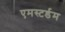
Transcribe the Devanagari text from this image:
एमस्टर्डम